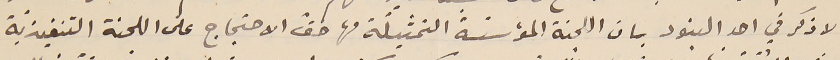
لا ذكر في احد البنود بان اللجنة المؤسّسة التمثيلَة لها حق الاحتجاج على اللجنة التنفيذيّة